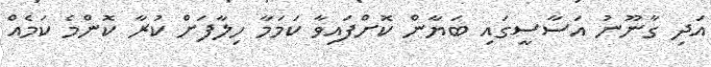
އަދި ގާނޫނު އަސާސީގައި ބަޔާން ކޮށްފައިވާ ކަމަމާ ހިލާފަށް ކުރާ ކޮންމެ ކަމެއް